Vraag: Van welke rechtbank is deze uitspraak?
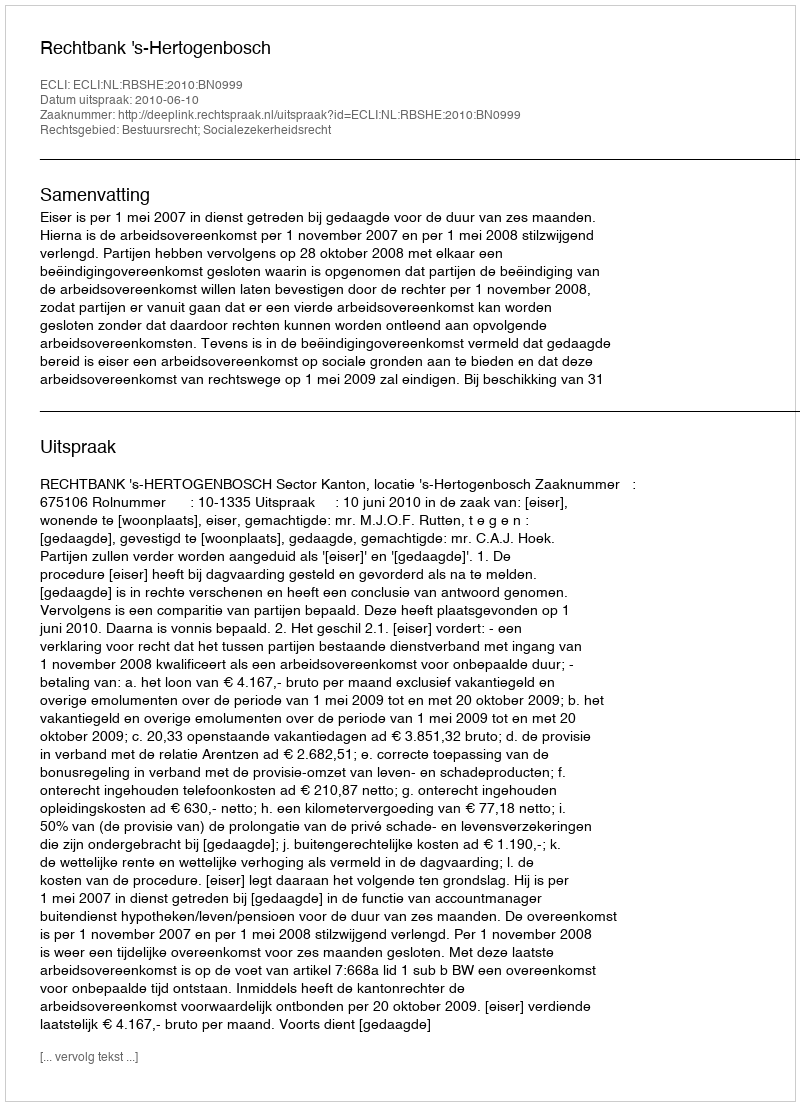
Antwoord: Rechtbank 's-Hertogenbosch